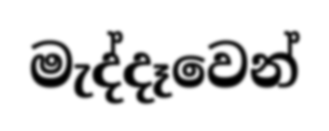
මැද්දෑවෙන්